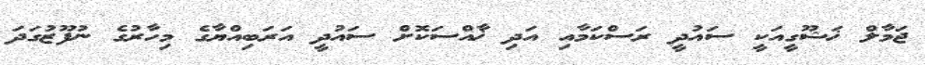
ޖަމާލް ޚަޝޫގީއަކީ ސައުދީ ރަސްކަމާއި އަދި ޚާއްސަކޮށް ސައުދީ އަރަބިއްޔާގެ މިހާރުގެ ނުފޫޒުގަދަ